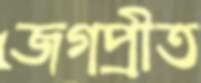
জগপ্রীত